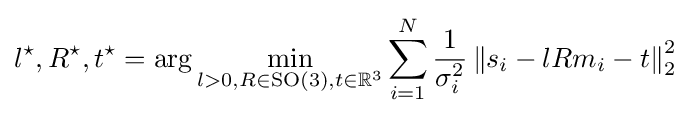
l^{\star },R^{\star },t^{\star }=\arg \min _{l>0,R\in {\text{SO}}(3),t\in \mathbb {R} ^{3}}\sum _{i=1}^{N}{\frac {1}{\sigma _{i}^{2}}}\left\Vert s_{i}-lRm_{i}-t\right\Vert _{2}^{2}